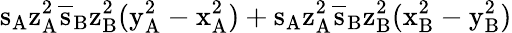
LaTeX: \mathrm{s_{A}\mathrm{z_{A}^{2}\mathrm{\overline{{s}}_{B}\mathrm{z_{B}^{2}(\mathrm{y_{A}^{2}-\mathrm{x_{A}^{2})+\mathrm{s_{A}\mathrm{z_{A}^{2}\mathrm{\overline{{s}}_{B}\mathrm{z_{B}^{2}(\mathrm{x_{B}^{2}-\mathrm{y_{B}^{2})}}}}}}}}}}}}